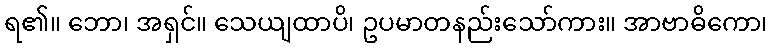
ရ၏။ ဘော၊ အရှင်။ သေယျထာပိ၊ ဥပမာတနည်းသော်ကား။ အာဗာဓိကော၊